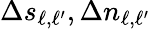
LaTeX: \Delta s_{\ell,\ell^{\prime}},\Delta n_{\ell,\ell^{\prime}}